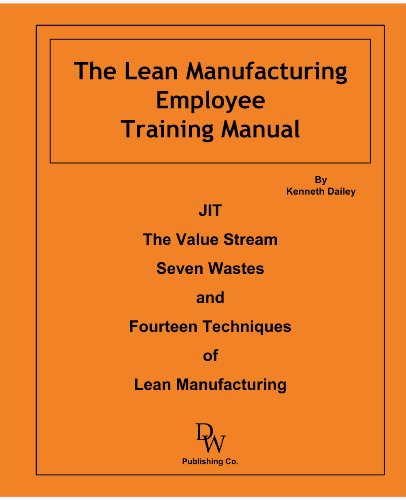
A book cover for The Lean Manufacturing Employee Training Manual; Kenneth W. Dailey; Business & Money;